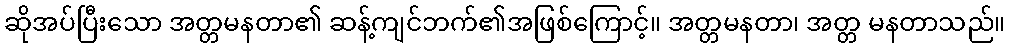
ဆိုအပ်ပြီးသော အတ္တမနတာ၏ ဆန့်ကျင်ဘက်၏အဖြစ်ကြောင့်။ အတ္တမနတာ၊ အတ္တ မနတာသည်။